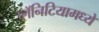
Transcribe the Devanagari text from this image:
प्लॅनिटियामध्ये